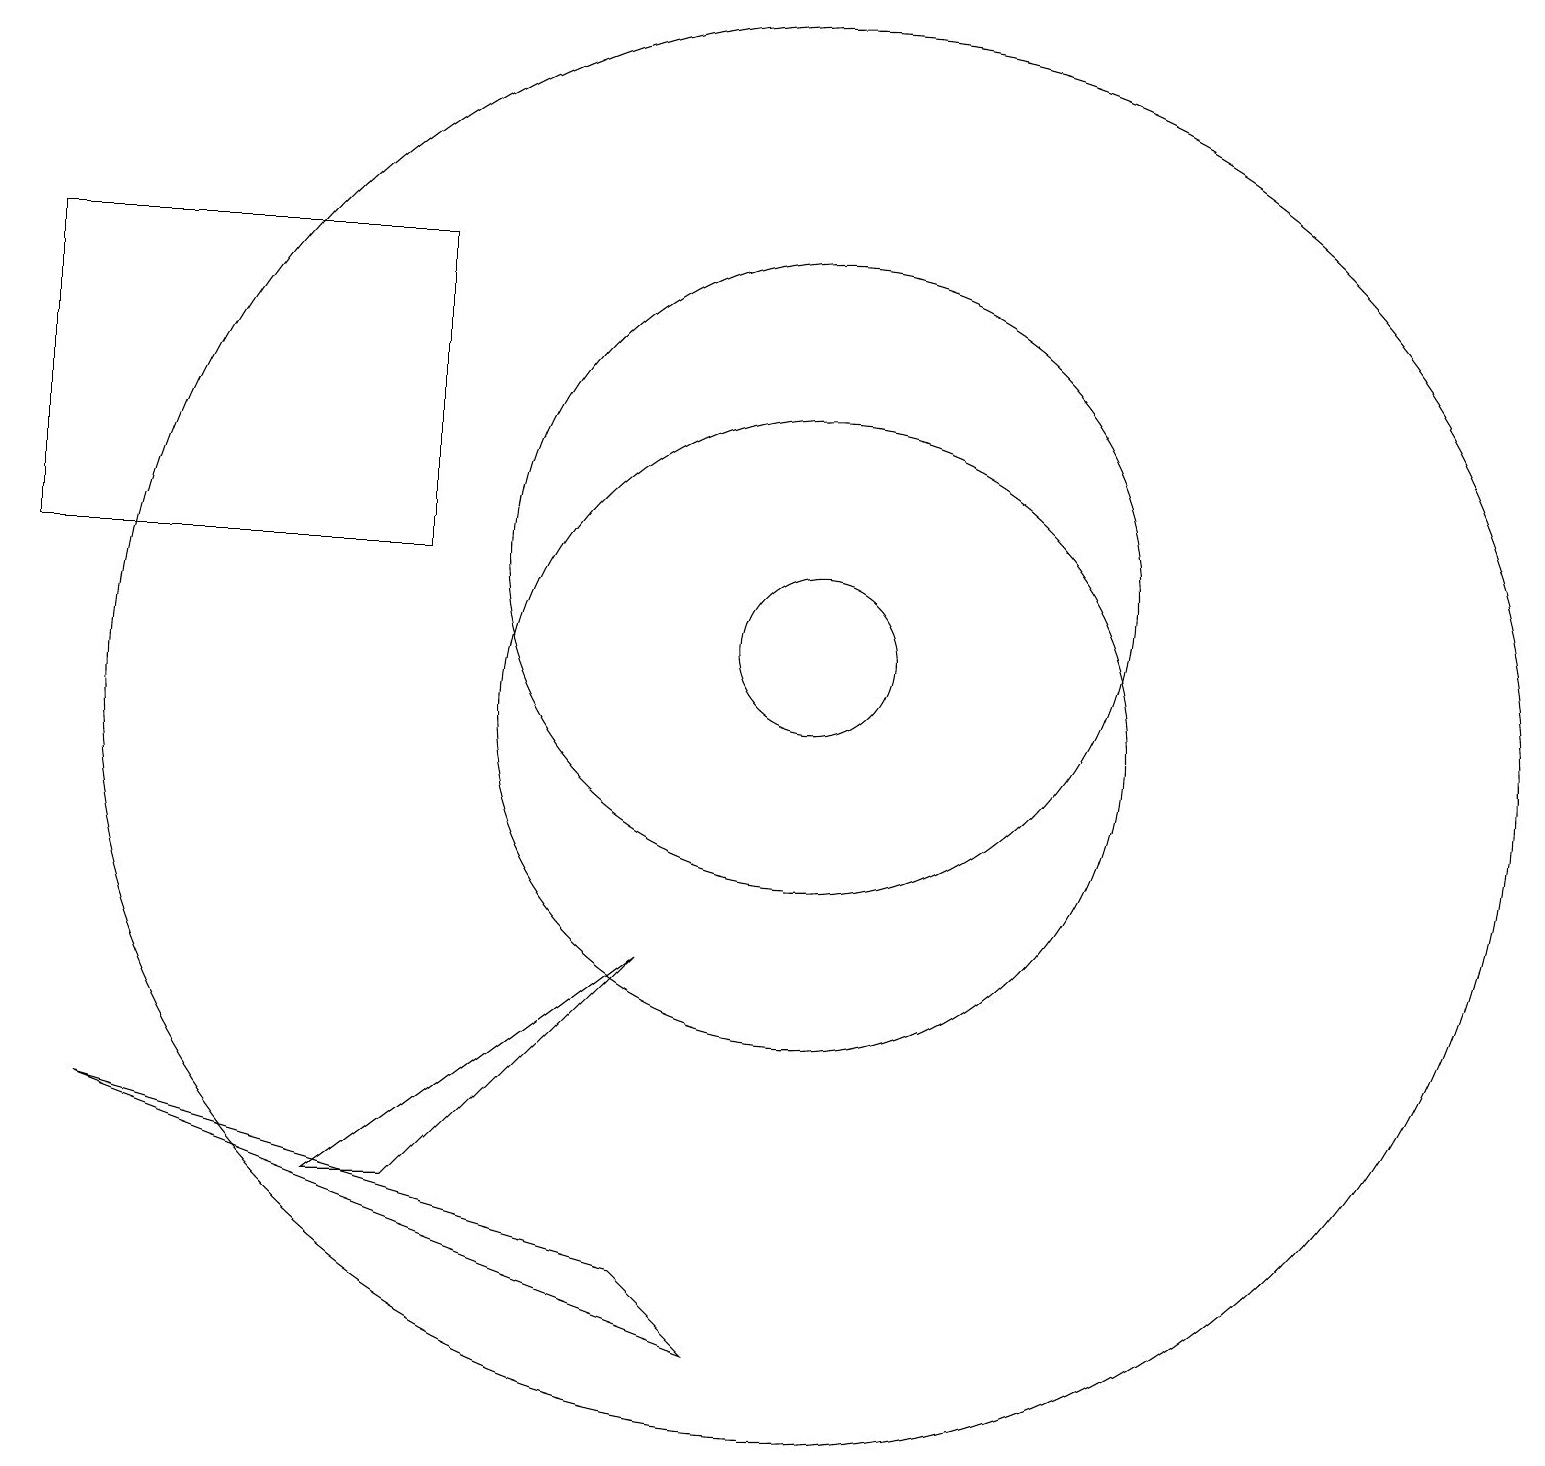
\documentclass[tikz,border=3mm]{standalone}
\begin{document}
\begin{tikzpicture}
\draw (10,12) circle (4);
\draw (9,2) -- (1,5) -- (8,3) -- cycle;
\draw (5,16) rectangle (0,12);
\draw (5,4) -- (4,4) -- (8,7) -- cycle;
\draw (10,10) circle (4);
\draw (10,10) circle (9);
\draw (10,11) circle (1);
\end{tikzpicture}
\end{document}